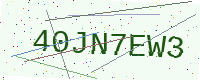
Text: 40JN7EW3